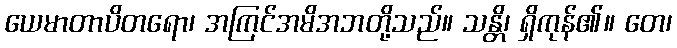
ယေမာတာပိတရော၊ အကြင်အမိအဘတို့သည်။ သန္တိ၊ ရှိကုန်၏။ တေ၊